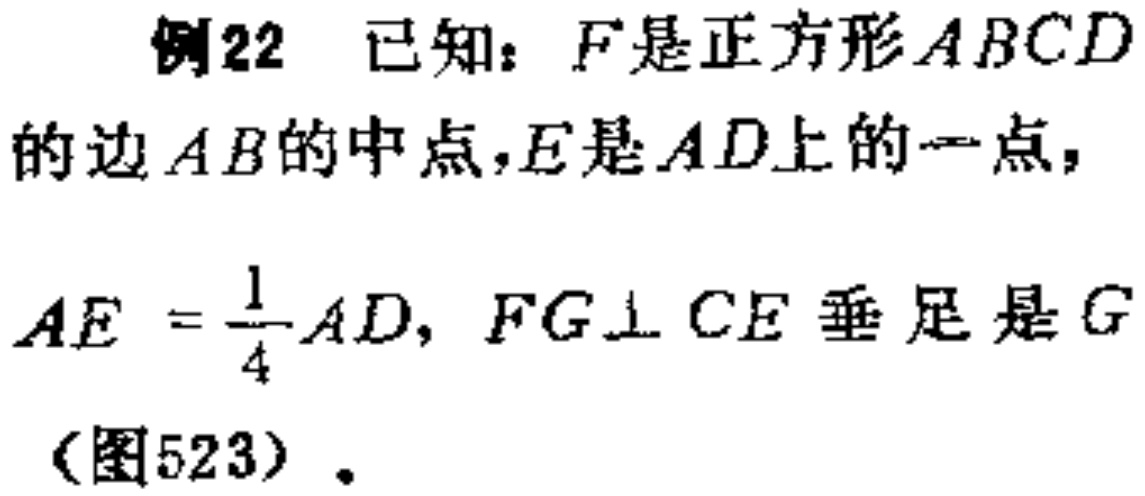
例22 已知：\(F\)是正方形\(ABCD\)的边\(AB\)的中点，\(E\)是\(AD\)上的一点，\(AE = \frac{1}{4}AD\)，\(FG\perp CE\)垂足是\(G\)（图523）.